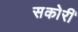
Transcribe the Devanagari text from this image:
सकोरी